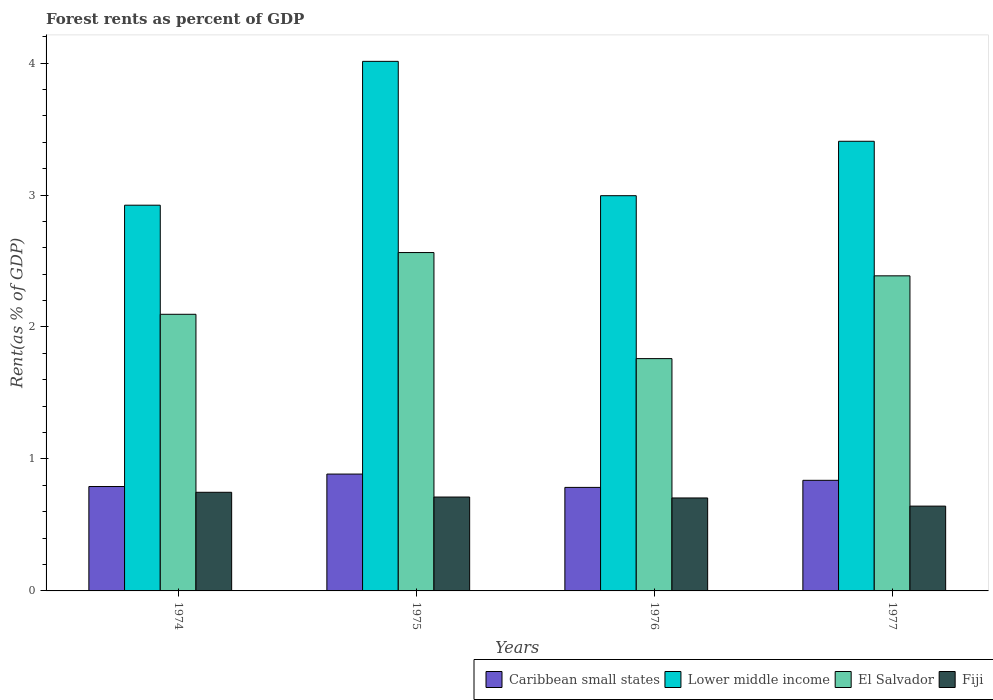
| Years | Caribbean small states | Lower middle income | El Salvador | Fiji |
 | --- | --- | --- | --- | --- |
 | 1974 | 0.791 | 2.92 | 2.1 | 0.747 |
 | 1975 | 0.885 | 4.01 | 2.56 | 0.711 |
 | 1976 | 0.784 | 2.99 | 1.76 | 0.704 |
 | 1977 | 0.838 | 3.41 | 2.39 | 0.643 |